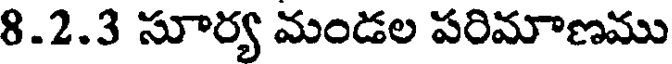
8.2.3 సూర్య మండల పరిమాణము